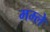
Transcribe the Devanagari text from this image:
मम्ले